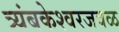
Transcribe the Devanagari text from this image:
त्र्यंबकेश्वरजवळ